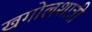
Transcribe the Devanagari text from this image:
खगोलशात्री